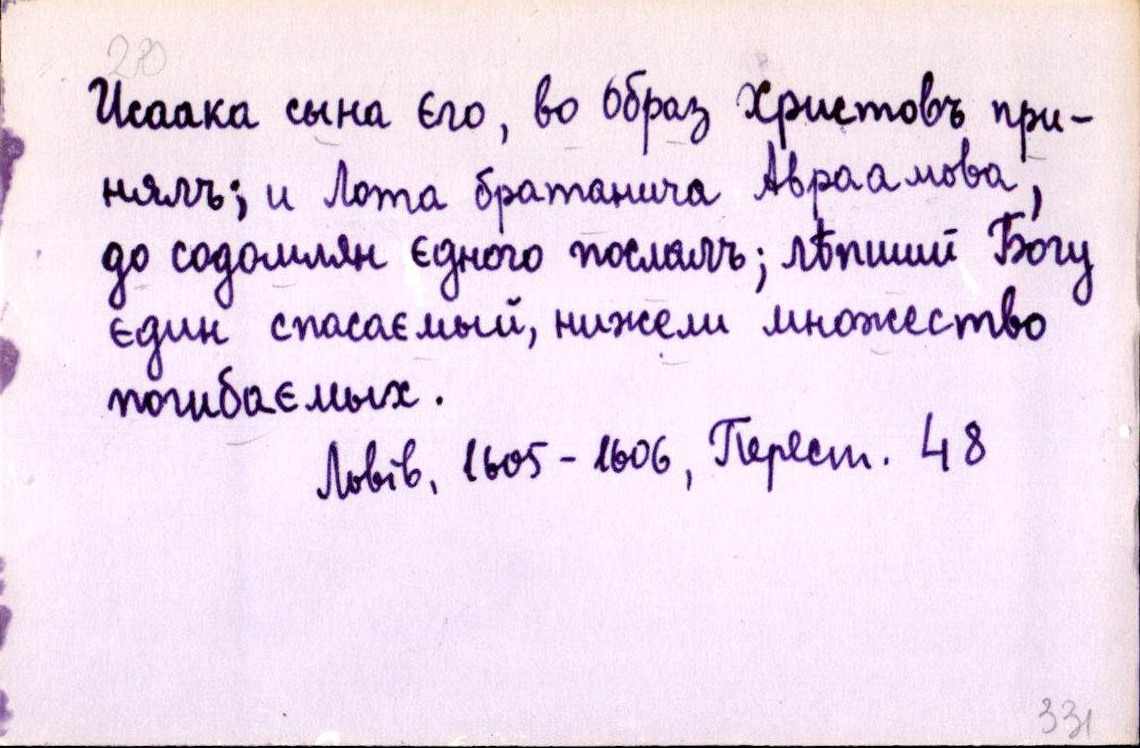
Исаака сына єго, во образ Христовъ при-
нялъ; и Лота братанича Авраамова,
до содомлян єдного послалъ; лѣпший Богу
єдин спасаємый, нижели множество
погибаємых.
Львів, 1605-1606, Перест. 48